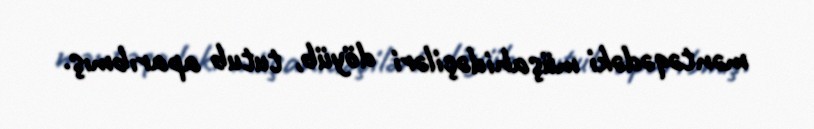
məntəqədəki müşahidəçiləri döyüb, tutub aparıbmış.